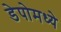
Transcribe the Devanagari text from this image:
डेपोमध्ये